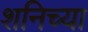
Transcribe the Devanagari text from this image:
शनिच्या